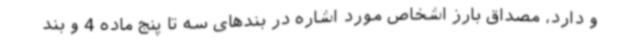
و دارد، مصداق بارز اشخاص مورد اشاره در بندهای سه تا پنج ماده 4 و بند